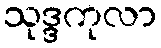
သုဒ္ဒကုလာ